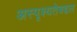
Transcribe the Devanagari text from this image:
अस्पृश्यतेबद्दल